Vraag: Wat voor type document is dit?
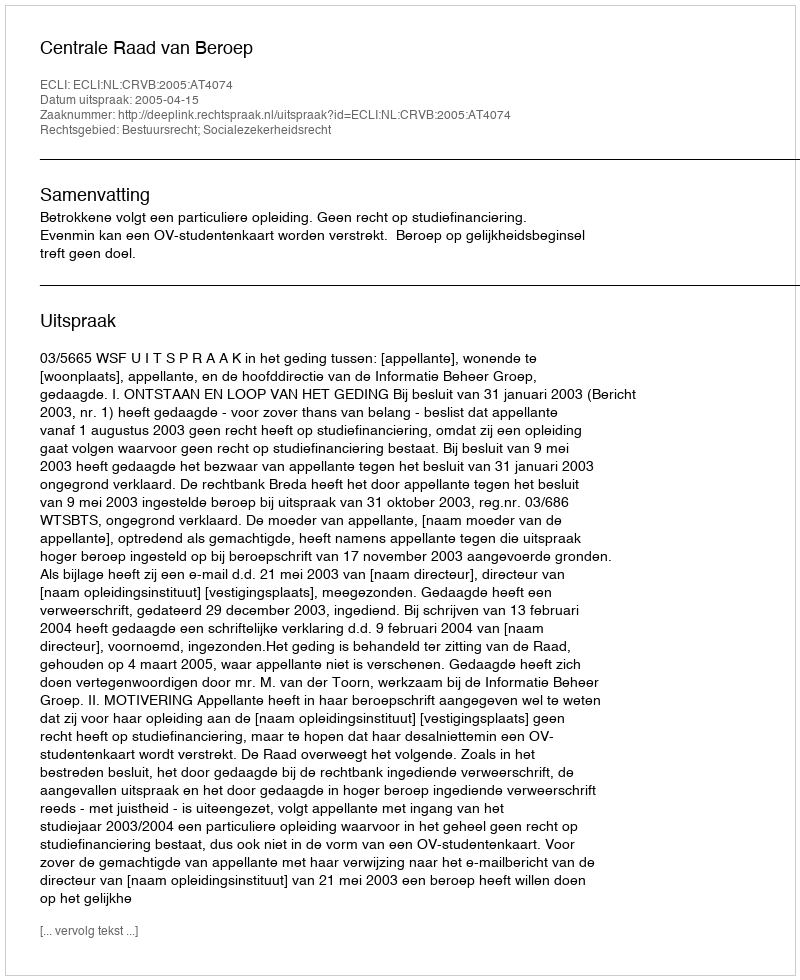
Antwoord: Uitspraak